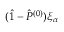
( \hat { 1 } - \hat { P } ^ { ( 0 ) } ) \xi _ { \alpha }